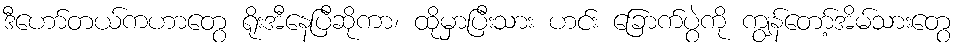
ဒီဟော်တယ်ကဟာတွေ ရိုးအီနေပြီဆိုကာ၊ ထိုမှာပြီးသား ဟင်း ခြောက်ပွဲကို ကျွန်တော့်အိမ်သားတွေ